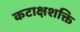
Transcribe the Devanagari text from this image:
कटाक्षशक्ति